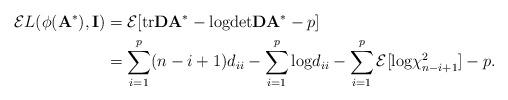
LaTeX: \begin{align*}{\mathcal E} L(\phi ({\bf A}^{*}), {\bf I})&={\mathcal E}[\mbox{tr}{\bf D}{\bf A}^{*} -\mbox{log}\mbox{det}{\bf D}{\bf A}^{*}-p] \\ &=\sum_{i=1}^{p}(n-i+1)d_{ii}-\sum_{i=1}^{p}\mbox{log}d_{ii} -\sum_{i=1}^{p}{\mathcal E}[\mbox{log}{\chi}^{2}_{n-i+1}]-p.\end{align*}